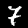
Digit: 7